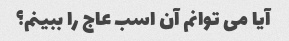
آیا می توانم آن اسب عاج را ببینم؟